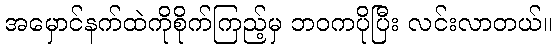
အမှောင်နက်ထဲကိုစိုက်ကြည့်မှ ဘဝကပိုပြီး လင်းလာတယ်။